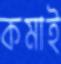
কমাই